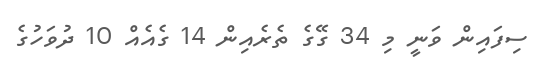
ސިފައިން ވަނީ މި 34 ގޭގެ ތެރެއިން 14 ގެއެއް 10 ދުވަހުގެ